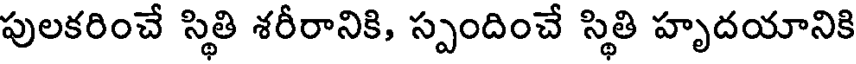
పులకరించే స్థితి శరీరానికి, స్పందించే స్థితి హృదయానికి